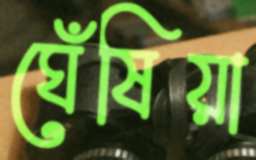
ঘেঁষিয়া